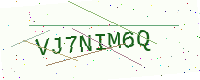
Text: VJ7NIM6Q